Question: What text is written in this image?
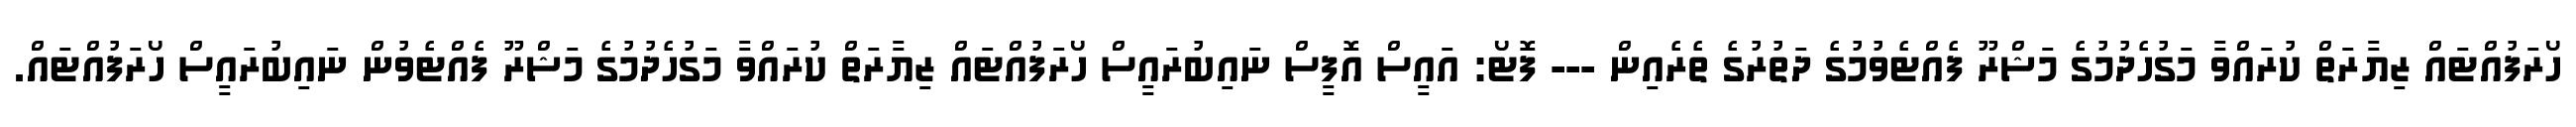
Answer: ހޯރަފުއްޓައް ޒިޔާރަތް ކުރައްވާ މަގުހެދުމުގެ މަޝްރޫ ފެއްޓެވުމުގެ ދަތުރުގެ ތެރެއިން --- ފޮޓޯ: އައީސް އޮފީސް ނައިބުރައީސް ހޯރަފުއްޓައް ޒިޔާރަތް ކުރައްވާ މަގުހެދުމުގެ މަޝްރޫ ފެއްޓެވުން ނައިބުރައީސް ހޯރަފުއްޓައް.